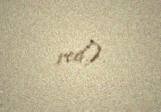
red.).